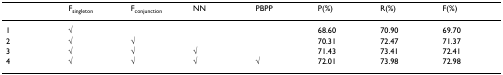
<table><thead><tr><td></td><td><b>F<sub>singleton</sub></b></td><td><b>F<sub>conjunction</sub></b></td><td><b>NN</b></td><td><b>PBPP</b></td><td><b>P(%)</b></td><td><b>R(%)</b></td><td><b>F(%)</b></td></tr></thead><tbody><tr><td>1</td><td>√</td><td></td><td></td><td></td><td>68.60</td><td>70.90</td><td>69.70</td></tr><tr><td>2</td><td>√</td><td>√</td><td></td><td></td><td>70.31</td><td>72.47</td><td>71.37</td></tr><tr><td>3</td><td>√</td><td>√</td><td>√</td><td></td><td>71.43</td><td>73.41</td><td>72.41</td></tr><tr><td>4</td><td>√</td><td>√</td><td>√</td><td>√</td><td>72.01</td><td>73.98</td><td>72.98</td></tr></tbody></table>